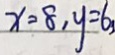
x = 8 , y = 6